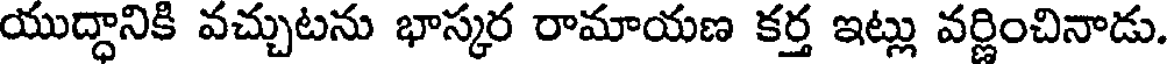
యుద్ధానికి వచ్చుటను భాస్కర రామాయణ కర్త ఇట్లు వర్ణించినాడు.